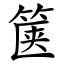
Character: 箧